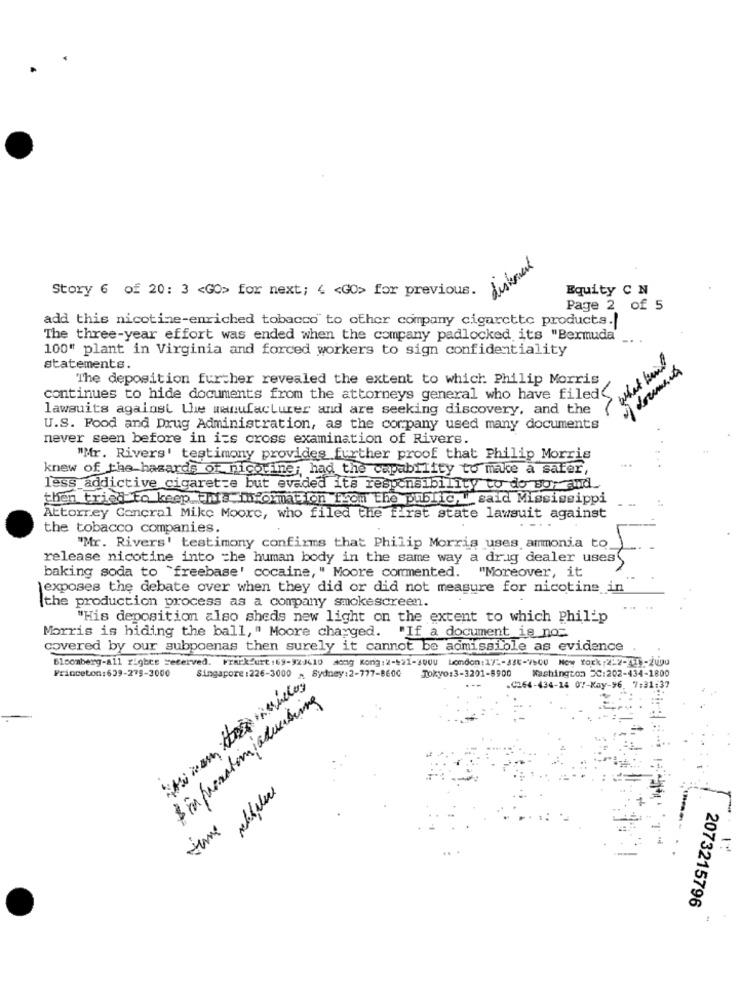
Story 6 of 20: 3 <GO> for next; < < GO> for previous.
Equity C N
Page 2 of 5
add this nicotine-enriched tobacco to other company cigarette products.
The three-year effort was ended when the company padlocked its "Bermuda"
100" plant in Virginia and forced workers to sign confidentiality
- what kind
statements.
v documents
The deposition further revealed the extent to which Philip Morris
continues to hide documents from the attorneys general who have filed
lawsuits against the manufacturer and are seeking discovery, and the
U.S. Food and Drug Administration, as the company used many documents
never seen before in i=s cross examination of Rivers.
"Mr. Rivers' testimony provides further proof that Philip Morris
knew of the hazards of nicotine; had the capability to make a safer,
less addictive cigarette but evaded it's responsibility to do yor and.
then tried To keep this information from the public, " said Mississippi
Attorrey Concral Mike Moore, who filed the first state lawsuit against
the tobacco companies.
"Mr. Rivers' testimony confirms that Philip Morris uses ammonia to
release nicotine into =he human body in the same way a drug dealer uses
"Moreover, it
baking soda to "freebase' cocaine, " Moore commented.
exposes the debate over when they did or did not measure for nicotine in
[the production process as a company smokescreen.
"His deposition also sheds new light on the extent to which Philip
Morris is hiding the ball, " Moore chayged. "If a document is no:
covered by our subpoenas then surely it cannot be admissible as evidence
Bloomberg-all rights reserved. Frankfurt:69-92/410 song Kong:2->>1-3000 London:17 :- 436-7500 New York :222-41 -2000
As wan Hoje siehelogy:2-777-8600
Singapore:226-3000
Tokyo:3-3201-8900
Washington DC:202-434-1800
Princeton:639-279-3000
$ in proration advertising
.0264-434-14 07-Kay-96. 7:31:37
Hume
2073215796